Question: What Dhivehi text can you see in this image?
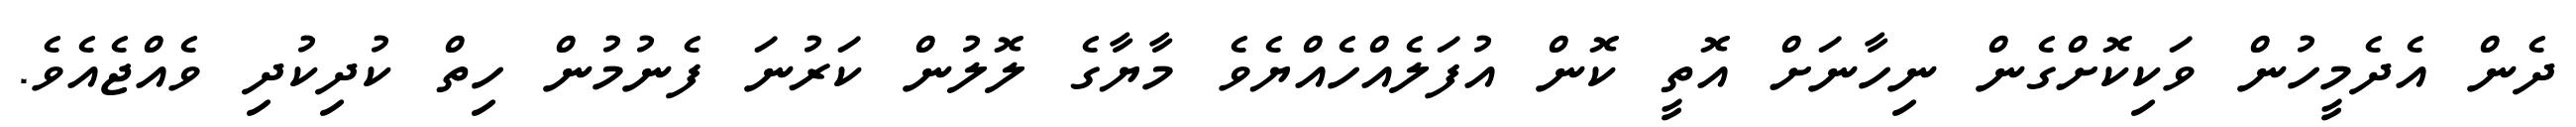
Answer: ދެން އެދެމީހުން ވަކިކޮށްގެން ނިހާނަށް އޮތީ ކޮން އުފަލެއްހެއްޔެވެ މާޔާގެ ލޮލުން ކަރުނަ ފެނުމުން ހިތް ކުދިކުދި ވެއްޖެއެވެ.